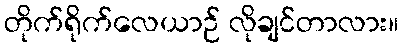
တိုက်ရိုက်လေယာဉ် လိုချင်တာလား။